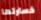
خسارتها